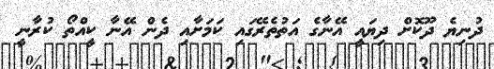
ދުނިޔެ ދޫކޮށް ދިޔައީ އޭނާގެ އަތުތެރޭގައި ކަމަށާއި ދެން އޭނާ ކީއްތޯ ކުރާނީ